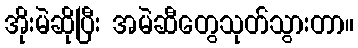
အိုးမဲဆိုပြီး အမဲဆီတွေသုတ်သွားတာ။